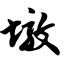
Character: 墩